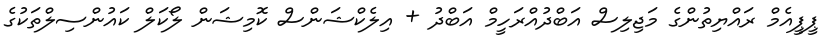
ޕީޕީއެމް ރައްޔިތުންގެ މަޖިލިސް އަބްދުއްރަހީމް އަބްދު + އިލެކްޝަންސް ކޮމިޝަން ލޯކަލް ކައުންސިލްތަކުގެ